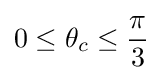
0\leq \theta _{c}\leq {\frac {\pi }{3}}